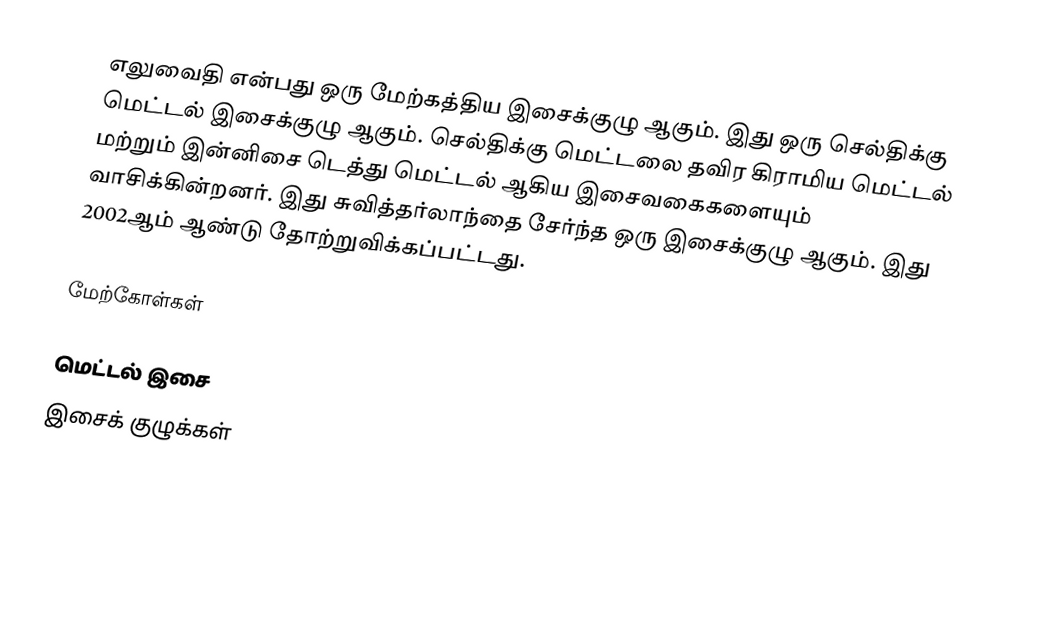
எலுவைதி என்பது ஒரு மேற்கத்திய இசைக்குழு ஆகும். இது ஒரு செல்திக்கு மெட்டல் இசைக்குழு ஆகும். செல்திக்கு மெட்டலை தவிர கிராமிய மெட்டல் மற்றும் இன்னிசை டெத்து மெட்டல் ஆகிய இசைவகைகளையும் வாசிக்கின்றனர். இது சுவித்தர்லாந்தை சேர்ந்த ஒரு இசைக்குழு ஆகும். இது 2002ஆம் ஆண்டு தோற்றுவிக்கப்பட்டது.

மேற்கோள்கள்

மெட்டல் இசை
இசைக் குழுக்கள்